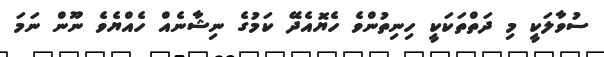
ސުވާލަކީ މި ދަތްތަކަކީ ހިނިތުންވެ ހެޔޮއެދޭ ކަމުގެ ނިޝާނެއް ހެއްޔެވެ ނޫން ނަމަ